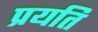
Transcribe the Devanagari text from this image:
प्रयति